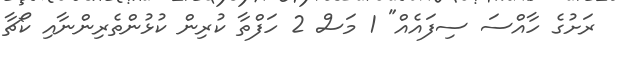
ރަށުގެ ހާއްސަ ސިފައެއް" 1 މަސް 2 ހަފްތާ ކުރިން ކުޅުންތެރިންނާއި ކޯޗާ